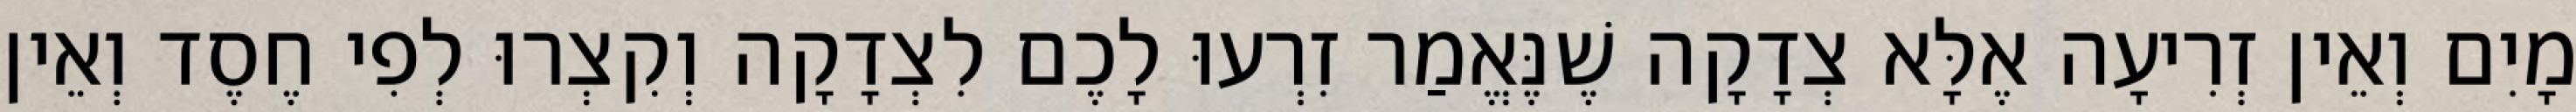
מָיִם וְאֵין זְרִיעָה אֶלָּא צְדָקָה שֶׁנֶּאֱמַר זִרְעוּ לָכֶם לִצְדָקָה וְקִצְרוּ לְפִי חֶסֶד וְאֵין